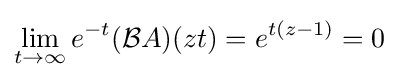
\lim _{t\rightarrow \infty }e^{-t}({\mathcal {B}}A)(zt)=e^{t(z-1)}=0